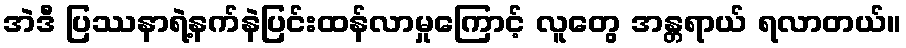
အဲဒီ ပြဿနာရဲ့နက်နဲပြင်းထန်လာမှုကြောင့် လူတွေ အန္တရာယ် ရလာတယ်။